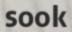
SOOK